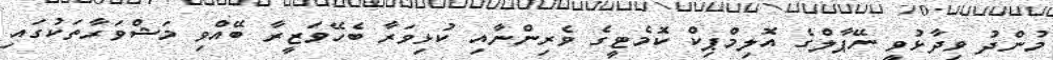
މުންދު ވިދާޅުވީ ނޭޕާލްގެ އޮލިމްޕިކް ކޮމެޓީގެ ވެރިންނާއި ކުޅިވަރާ ބެހޭވަޒީރާ ބޭއްވި މަޝްވަރާތަކުގައި